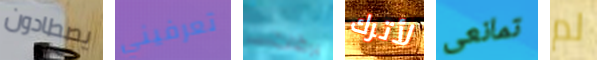
يصطادون تعرفيني يرقات لأترك تمانعى لم